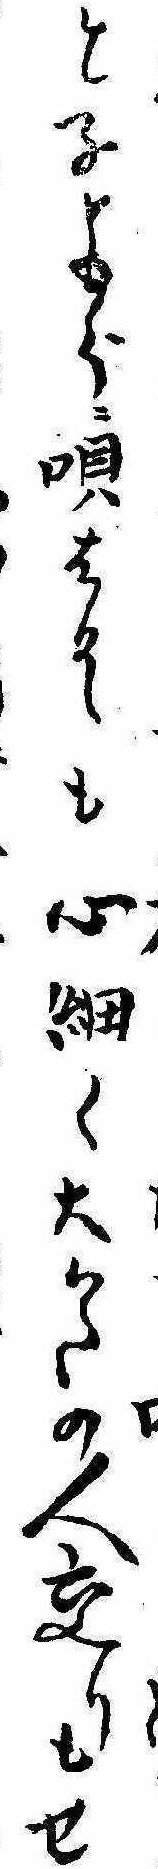
と子ともらに唄はるゝも心細く大かたの人交りもせ